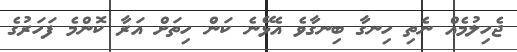
ޖެހިލުމެއް ނެތި ހިނގާ ބިނގާވެ އެޅޭނެ ކަން ހިތަށް އަރާ ކޮންމެ ފަހަރުގެ